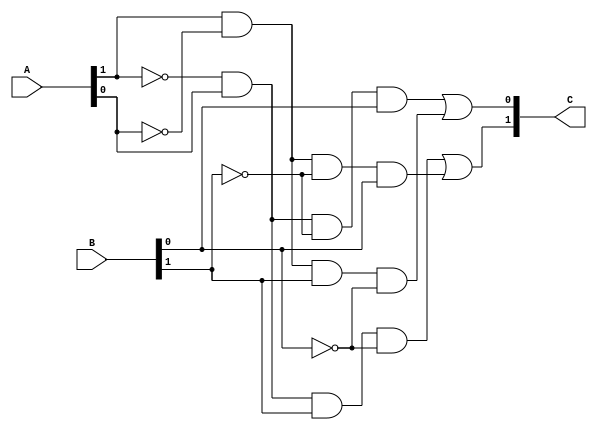
module f3_mult(A, B, C); 
    input [1:0] A;
    input [1:0] B; 
    output [1:0] C;
    wire a0, a1, b0, b1;
    assign {a1, a0} = A;
    assign {b1, b0} = B;
    assign C[0] = (~a1 & a0 & ~b1 & b0) | (a1 & ~a0 & b1 & ~b0);
    assign C[1] = (~a1 & a0 & b1 & ~b0) | (a1 & ~a0 & ~b1 & b0);
endmodule